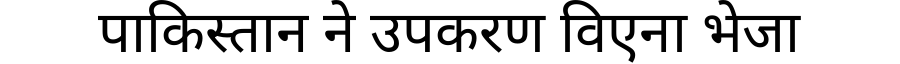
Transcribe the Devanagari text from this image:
पाकिस्तान ने उपकरण विएना भेजा